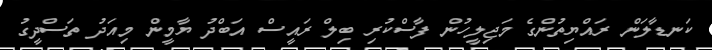
ކަނޑާލަން ރައްޔިިތުންގެ މަޖިލީހުން ފާސްކުރި ބިލް ރައީސް އަބްދު ޔާމީން މިއަދު ތަސްދީގު